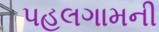
પહલગામની